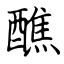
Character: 醮